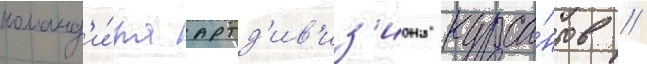
команд'и́ра артд'ив'из'иона курса́нтов //